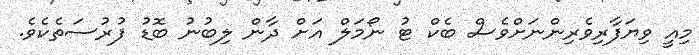
މިއީ ވިޔަފާރިވެރިންނަށްވެސް ބެކް ޓު ނޯމަލް އަށް ދާން ލިބުނު ބޮޑު ފުރުސަތެކެވެ.